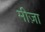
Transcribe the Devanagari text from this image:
मीज़ा